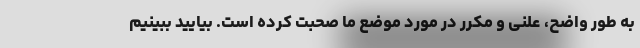
به طور واضح، علنی و مکرر در مورد موضع ما صحبت کرده است. بیایید ببینیم